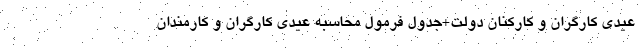
عیدی کارگران و کارکنان دولت+جدول فرمول محاسبه عیدی کارگران و کارمندان